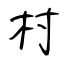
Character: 村